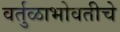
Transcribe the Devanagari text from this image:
वर्तुळाभोवतीचे